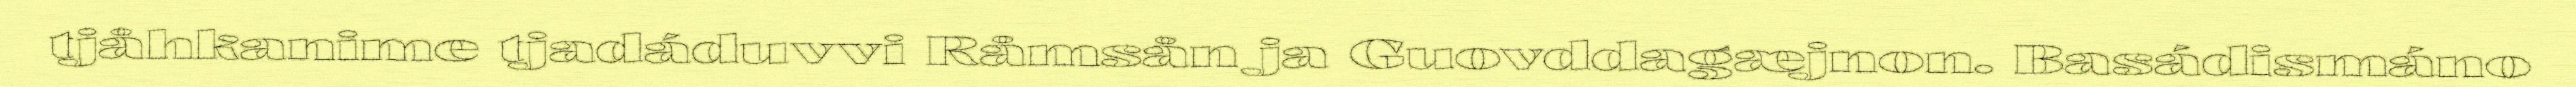
tjåhkanime tjadáduvvi Råmsån ja Guovddagæjnon. Basádismáno